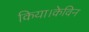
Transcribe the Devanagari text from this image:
किया।केविन